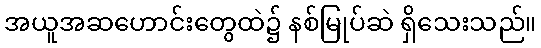
အယူအဆဟောင်းတွေထဲ၌ နစ်မြုပ်ဆဲ ရှိသေးသည်။